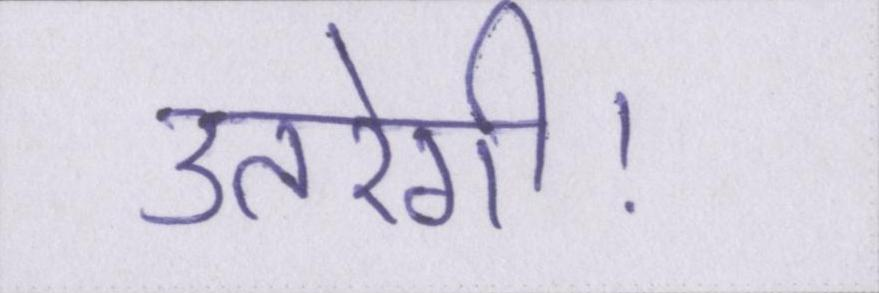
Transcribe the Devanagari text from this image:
उतरेगी।